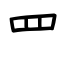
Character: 罒